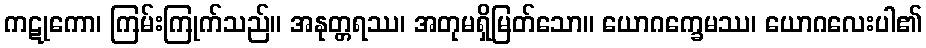
ကဋုကော၊ ကြမ်းကြုက်သည်။ အနုတ္တရဿ၊ အတုမရှိမြတ်သော။ ယောဂက္ခေမဿ၊ ယောဂလေးပါ၏